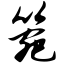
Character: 箢